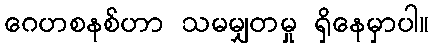
ဂေဟစနစ်ဟာ သမမျှတမှု ရှိနေမှာပါ။